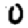
Digit: 0